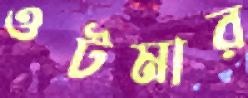
ওটমার